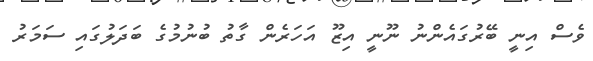
ވެސް އިނީ ބޭރުގައެންނު ނޫނީ އިޒޫ އަހަރެން ގާތު ބުނުމުގެ ބަދަލުގައި ސަމަރު